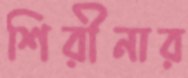
শিরীনার